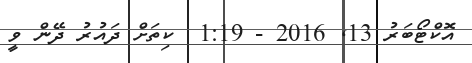
އޮކްޓޯބަރު 13